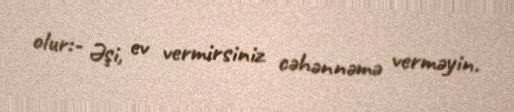
olur:- Əşi, ev vermirsiniz cəhənnəmə verməyin.